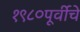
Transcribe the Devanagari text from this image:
१९८०पूर्वीचे